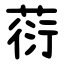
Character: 葕